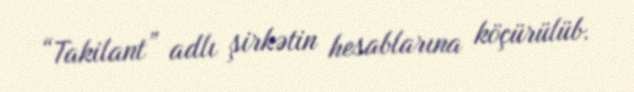
“Takilant” adlı şirkətin hesablarına köçürülüb.